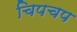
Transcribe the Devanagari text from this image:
चिपचप